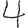
Digit: 4